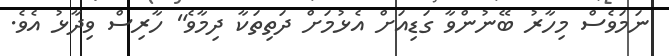
ނަމަވެސް މިހާރު ބޭނުންވާ ގަޑިއަށް އެޅުމަށް ދަތިތަކާ ދިމާވެ" ހާރިސް ވިދާޅު އެވެ.